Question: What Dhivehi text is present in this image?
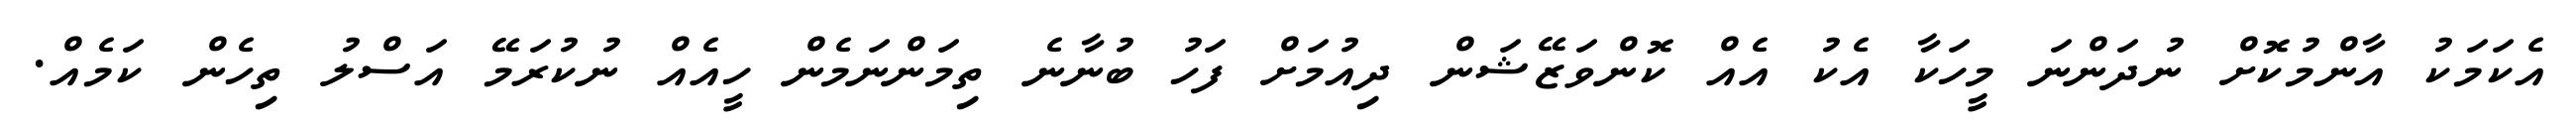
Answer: އެކަމަކު އާންމުކޮށް ނުދަންނަ މީހަކާ އެކު އެއް ކޮންވަޒޭޝަން ދިއުމަށް ފަހު ބުނާނެ ތިމަންނަމެން ހީއެއް ނުކުރަމޭ އަސްލު ތިހެން ކަމެއް.